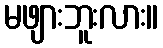
မဖျားဘူးလား။